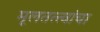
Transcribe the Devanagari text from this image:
मूलतत्त्वांचा